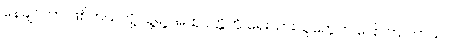
နေချင်တာ ဖြစ်တယ်လို့ သူ့ရဲ့ အထုပ္ပတ္တိကို ရေးသားသူတွေက ပြောကြပါတယ်။